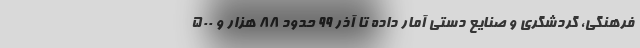
فرهنگی، گردشگری و صنایع دستی آمار داده تا آذر ۹۹ حدود ۸۸ هزار و ۵۰۰